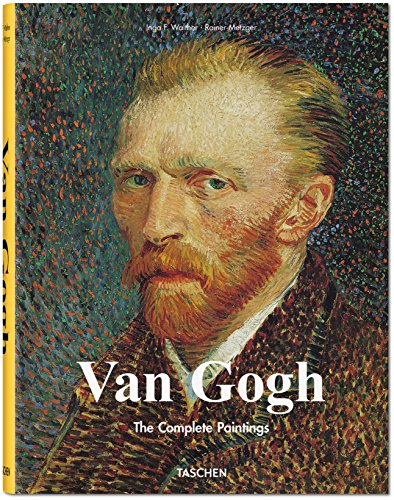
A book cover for Van Gogh: Complete Works; Rainer Metzger; Arts & Photography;